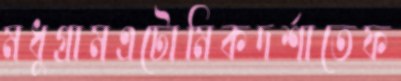
মধুগ্রামএটোমিকদর্শাতেফ